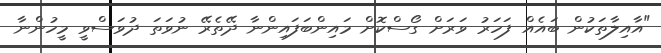
"އާއިލާތަކުން ބައެއް ފަހަރު ވަރަށް ގޯސްކޮށް މައިންބަފައިންނާ ދޭތެރޭ ނުވަތަ ދުވަސްވީ މީހުންނާ